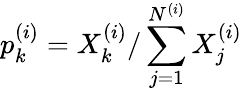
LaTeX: p_{k}^{(i)}=X_{k}^{(i)}/\sum_{j=1}^{N^{(i)}}X_{j}^{(i)}